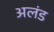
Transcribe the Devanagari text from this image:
अलंड